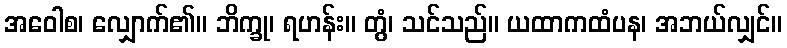
အဝေါစ၊ လျှောက်၏။ ဘိက္ခု၊ ရဟန်း။ တွံ၊ သင်သည်။ ယထာကထံပန၊ အဘယ်လျှင်။